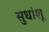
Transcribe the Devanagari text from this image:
सुधांशू